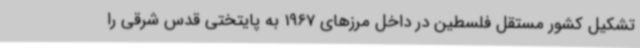
تشکیل کشور مستقل فلسطین در داخل مرزهای 1967 به پایتختی قدس شرقی را